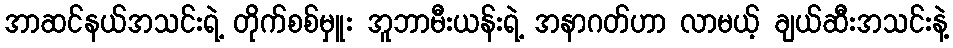
အာဆင်နယ်အသင်းရဲ့ တိုက်စစ်မှူး အူဘာမီးယန်းရဲ့ အနာဂတ်ဟာ လာမယ့် ချယ်ဆီးအသင်းနဲ့